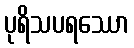
ပုရိသပရဿော